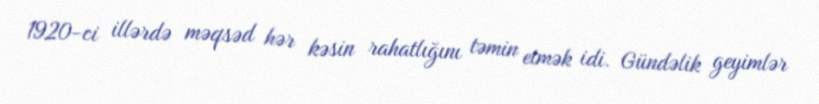
1920-ci illərdə məqsəd hər kəsin rahatlığını təmin etmək idi. Gündəlik geyimlər